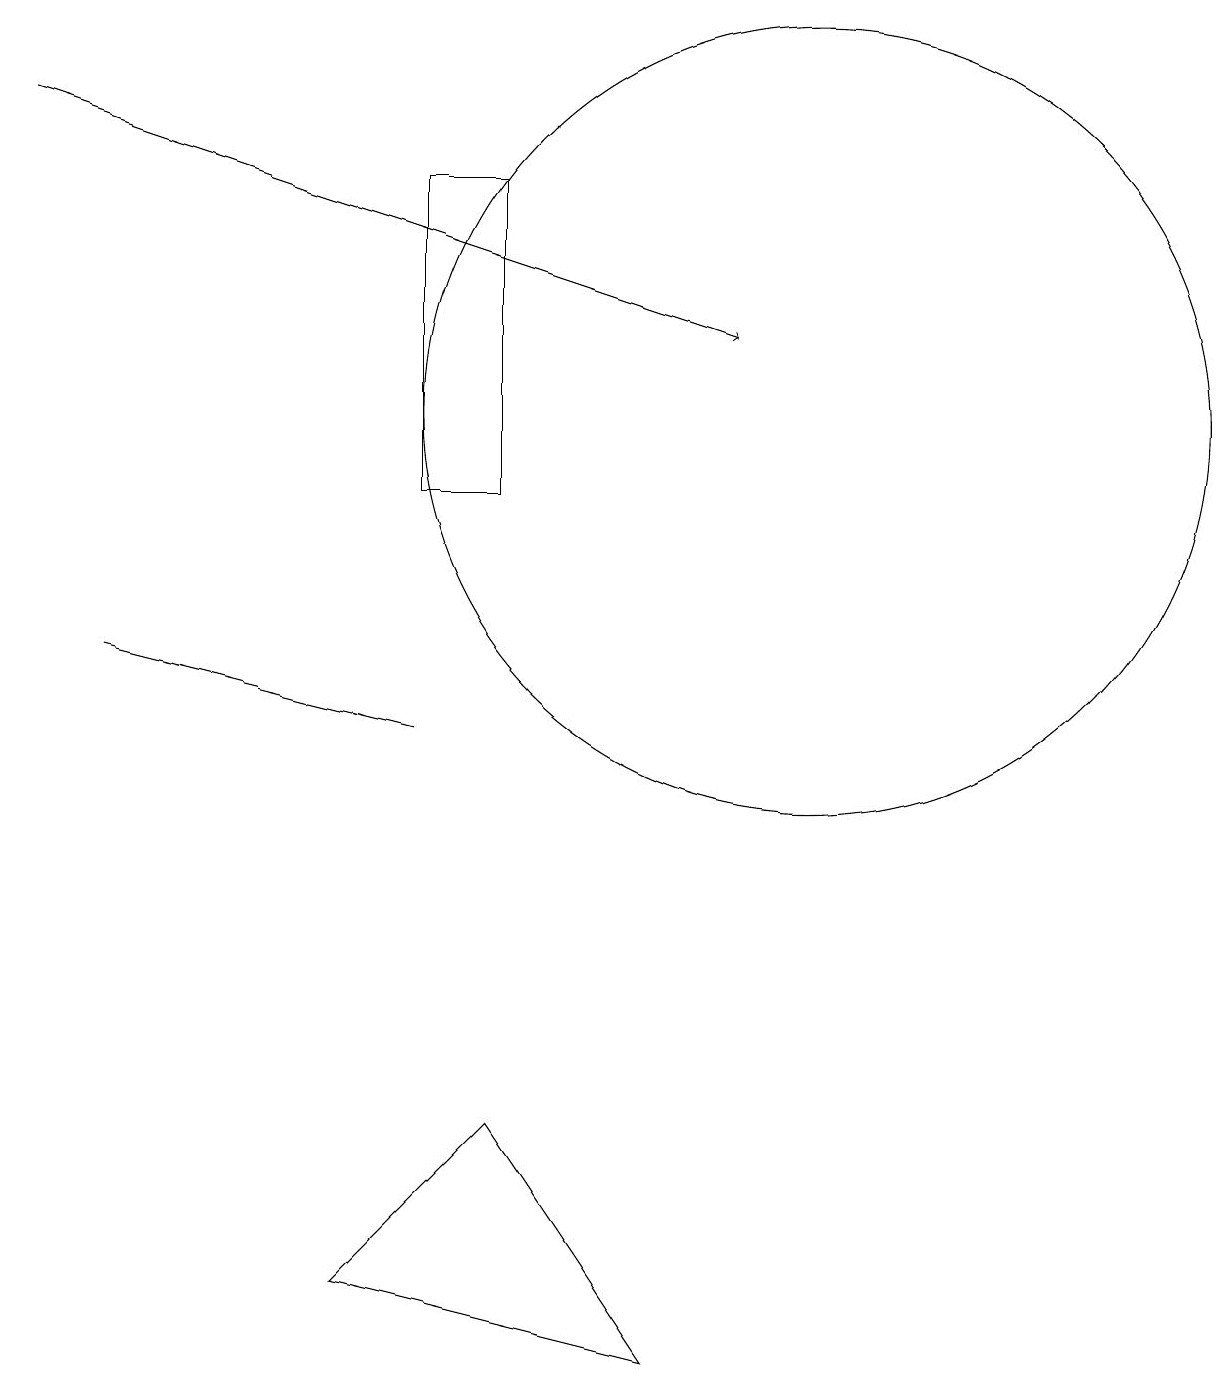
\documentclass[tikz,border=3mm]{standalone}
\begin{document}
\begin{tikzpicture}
\draw (5,15) rectangle (6,11);
\draw (4,1) -- (8,0) -- (6,3) -- cycle;
\draw (10,12) circle (5);
\draw[->] (0,16) -- (9,13);
\draw (1,9) -- (5,8) -- (5,8) -- cycle;
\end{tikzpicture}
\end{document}